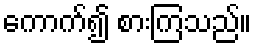
ကောက်၍ စားကြသည်။